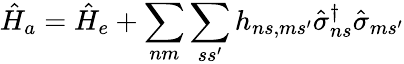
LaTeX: \hat{H}_{a}=\hat{H}_{e}+\sum_{nm}\sum_{ss^{\prime}}h_{ns,ms^{\prime}}\hat{\sigma}_{ns}^{\dagger}\hat{\sigma}_{ms^{\prime}}